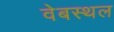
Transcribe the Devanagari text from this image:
वेबस्थल